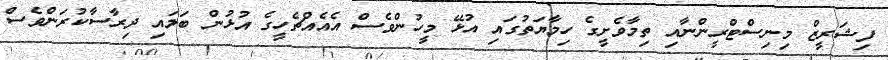
ފިޝަރީޒް މިނިސްޓްރީންނާއި ތިމާވެށީގެ ހިމާޔަތުގައި އުޅޭ މީހުންވެސް އެއެއްޗެހީގެ އުޅުން ބަލައި ދިރާސާކުރަންވެސް